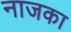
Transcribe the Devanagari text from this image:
नाजका